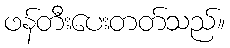
ဖန်တီးပေးတတ်သည်။